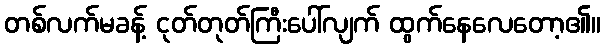
တစ်လက်မခန့် ငုတ်တုတ်ကြီးပေါ်လျက် ထွက်နေလေတော့၏။